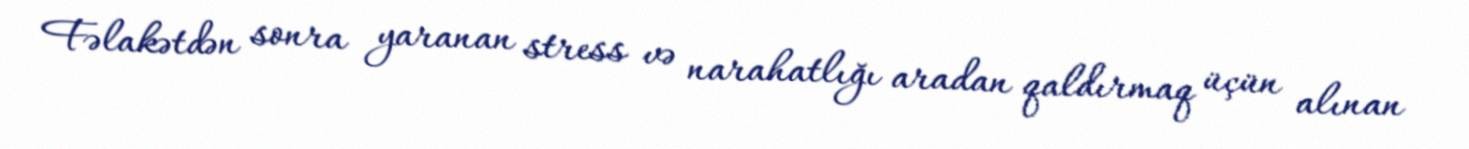
Fəlakətdən sonra yaranan stress və narahatlığı aradan qaldırmaq üçün alınan